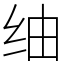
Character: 䌷